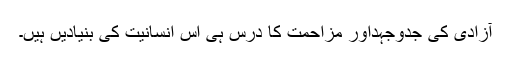
آزادی کی جدوجہداور مزاحمت کا درس ہی اس انسانیت کی بنیادیں ہیں۔